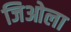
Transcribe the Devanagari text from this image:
जिओला